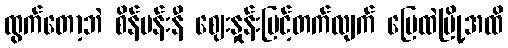
ထွက်တော့ဘဲ စိန်ပန်းနီ ဈေးနှုန်းမြင့်တက်လျက် မြေထဲမြို့အထိ